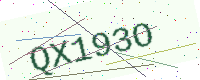
Text: QX193O